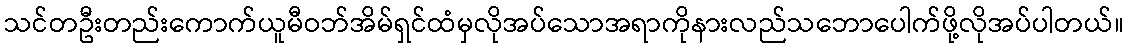
သင်တဦးတည်းကောက်ယူမီဝဘ်အိမ်ရှင်ထံမှလိုအပ်သောအရာကိုနားလည်သဘောပေါက်ဖို့လိုအပ်ပါတယ်။